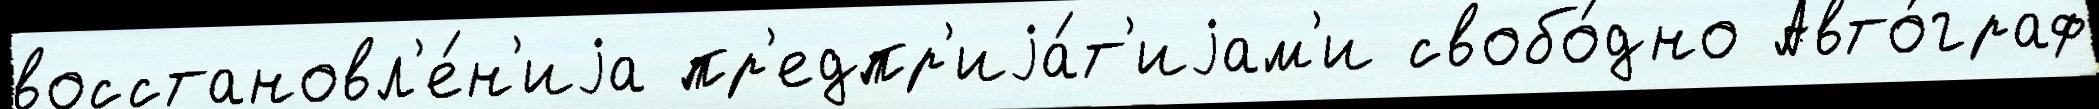
восстановл'е́н'иjа пр'едпр'иjа́т'иjам'и свобо́дно Авто́граф